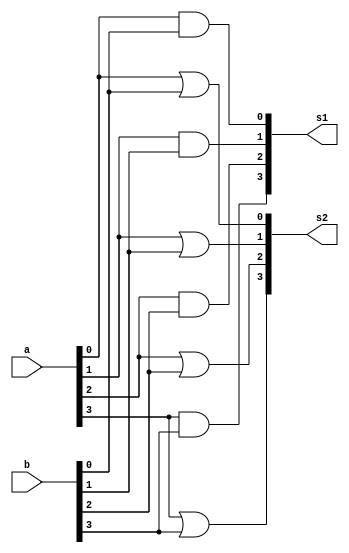
// ------------------------- 
// Exemplo0031 - F4 
// Nome: Ursula Rosa Monteiro de Castro
// ------------------------- 
// ------------------------- 
// f4_gate 
// ------------------------- 
module f4 (output [3:0] s1, output [3:0] s2, input [3:0] a, input [3:0] b); 
// -- descrio

and AND1 (s1[0], a[0], b[0]);
and AND2 (s1[1], a[1], b[1]);
and AND3 (s1[2], a[2], b[2]);
and AND4 (s1[3], a[3], b[3]);

or OR1 (s2[0], a[0], b[0]);
or OR2 (s2[1], a[1], b[1]);
or OR3 (s2[2], a[2], b[2]);
or OR4 (s2[3], a[3], b[3]);

endmodule // f4 
// ------------------------- 
module test_f4; 
// ------------------------- definir dados 
reg [3:0] p; 
reg [3:0] q; 
wire[3:0] o, l; 
f4 modulo (l, o, p, q); 
// ------------------------- parte principal 
initial begin 
$display("Exemplo0031 - Ursula Rosa - 427468"); 
$display("Test LU's module"); 
p = 4'b0011; q = 4'b0101;
// projetar testes do modulo 
#1 $monitor("%3b %3b == AND %3b OR %3b",p,q,l,o); 
#1 p = 4'b1010; q = 4'b1101;
#1 p = 4'b1111; q = 4'b1111;
#1 p = 4'b0000; q = 4'b0000;
#1 p = 4'b1010; q = 4'b0101;
end 
endmodule // test_f4